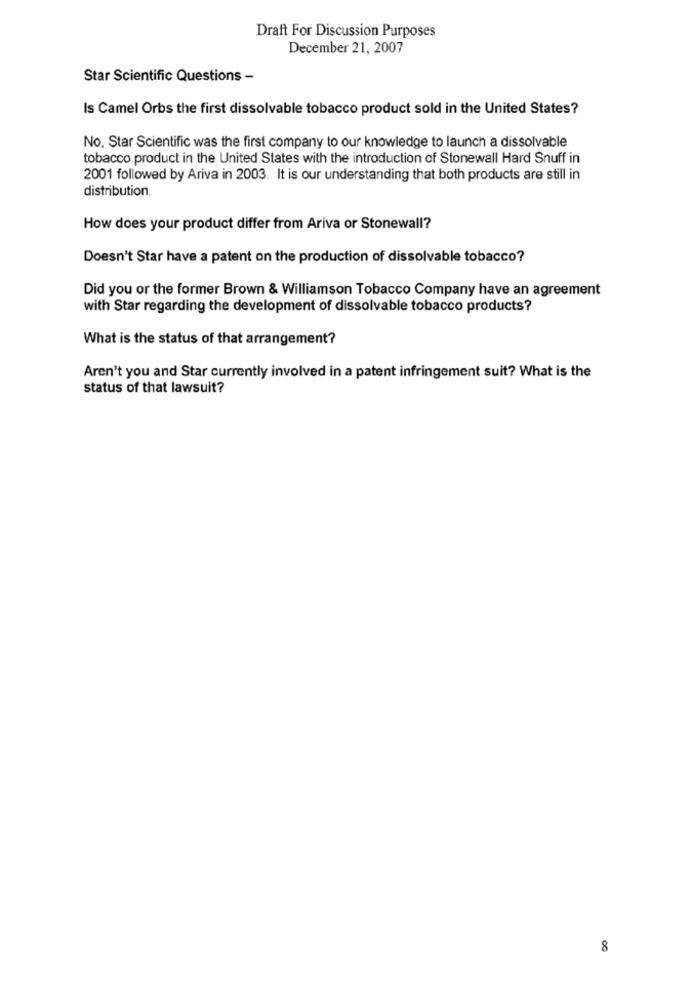
Draft For Discussion Purposes
December 21, 2007
Star Scientific Questions -
Is Camel Orbs the first dissolvable tobacco product sold in the United States?
No, Star Scientific was the first company to our knowledge to launch a dissolvable
tobacco product in the United States with the introduction of Stonewall Hard Snuff in
2001 followed by Ariva in 2003. It is our understanding that both products are still in
distribution.
How does your product differ from Ariva or Stonewall?
Doesn't Star have a patent on the production of dissolvable tobacco?
Did you or the former Brown & Williamson Tobacco Company have an agreement
with Star regarding the development of dissolvable tobacco products?
What is the status of that arrangement?
Aren't you and Star currently involved in a patent infringement suit? What is the
status of that lawsuit?
8